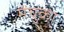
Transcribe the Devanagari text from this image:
मेंचुका